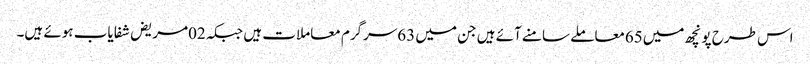
اس طرح پونچھ میں65معاملے سامنے آئے ہیں جن میں 63سرگرم معاملات ہیں جبکہ02مریض شفایاب ہوئے ہیں۔